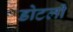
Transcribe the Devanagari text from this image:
डोटली